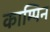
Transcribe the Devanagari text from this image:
काम्पिन